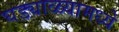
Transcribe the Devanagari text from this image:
घड्याळ्यामध्ये